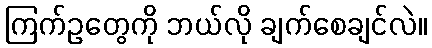
ကြက်ဥတွေကို ဘယ်လို ချက်စေချင်လဲ။